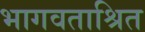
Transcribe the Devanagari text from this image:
भागवताश्रित